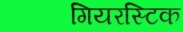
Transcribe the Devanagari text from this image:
गियरस्टिक